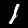
Digit: 1